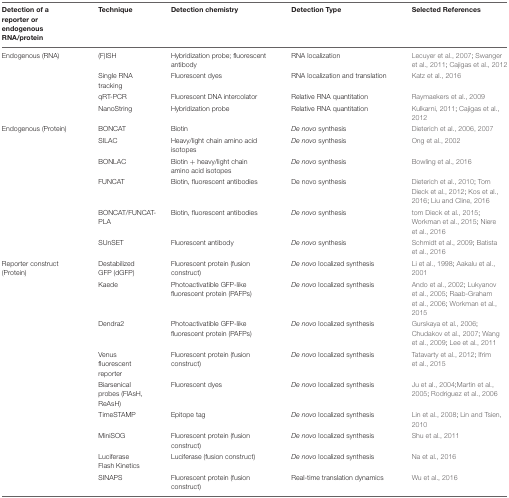
<table><thead><tr><td><b>Detection of a reporter or endogenous RNA/protein</b></td><td><b>Technique</b></td><td><b>Detection chemistry</b></td><td><b>Detection Type</b></td><td><b>Selected References</b></td></tr></thead><tbody><tr><td>Endogenous (RNA)</td><td>(F)ISH</td><td>Hybridization probe; fluorescent antibody</td><td>RNA localization</td><td>Lecuyer et al., 2007; Swanger et al., 2011; Cajigas et al., 2012</td></tr><tr><td></td><td>Single RNA tracking</td><td>Fluorescent dyes</td><td>RNA localization and translation</td><td>Katz et al., 2016</td></tr><tr><td></td><td>qRT-PCR</td><td>Fluorescent DNA intercolator</td><td>Relative RNA quantitation</td><td>Raymaekers et al., 2009</td></tr><tr><td></td><td>NanoString</td><td>Hybridization probe</td><td>Relative RNA quantitation</td><td>Kulkarni, 2011; Cajigas et al., 2012</td></tr><tr><td>Endogenous (Protein)</td><td>BONCAT</td><td>Biotin</td><td><i>De novo</i> synthesis</td><td>Dieterich et al., 2006, 2007</td></tr><tr><td></td><td>SILAC</td><td>Heavy/light chain amino acid isotopes</td><td><i>De novo</i> synthesis</td><td>Ong et al., 2002</td></tr><tr><td></td><td>BONLAC</td><td>Biotin + heavy/light chain amino acid isotopes</td><td><i>De novo</i> synthesis</td><td>Bowling et al., 2016</td></tr><tr><td></td><td>FUNCAT</td><td>Biotin, fluorescent antibodies</td><td>De novo synthesis</td><td>Dieterich et al., 2010; Tom Dieck et al., 2012; Kos et al., 2016; Liu and Cline, 2016</td></tr><tr><td></td><td>BONCAT/FUNCAT-PLA</td><td>Biotin, fluorescent antibodies</td><td><i>De novo</i> synthesis</td><td>tom Dieck et al., 2015; Workman et al., 2015; Niere et al., 2016</td></tr><tr><td></td><td>SUnSET</td><td>Fluorescent antibody</td><td><i>De novo</i> synthesis</td><td>Schmidt et al., 2009; Batista et al., 2016</td></tr><tr><td>Reporter construct (Protein)</td><td>Destabilized GFP (dGFP)</td><td>Fluorescent protein (fusion construct)</td><td><i>De novo</i> localized synthesis</td><td>Li et al., 1998; Aakalu et al., 2001</td></tr><tr><td></td><td>Kaede</td><td>Photoactivatible GFP-like fluorescent protein (PAFPs)</td><td><i>De novo</i> localized synthesis</td><td>Ando et al., 2002; Lukyanov et al., 2005; Raab-Graham et al., 2006; Workman et al., 2015</td></tr><tr><td></td><td>Dendra2</td><td>Photoactivatible GFP-like fluorescent protein (PAFPs)</td><td><i>De novo</i> localized synthesis</td><td>Gurskaya et al., 2006; Chudakov et al., 2007; Wang et al., 2009; Lee et al., 2011</td></tr><tr><td></td><td>Venus fluorescent reporter</td><td>Fluorescent protein (fusion construct)</td><td><i>De novo</i> localized synthesis</td><td>Tatavarty et al., 2012; Ifrim et al., 2015</td></tr><tr><td></td><td>Biarsenical probes (FlAsH, ReAsH)</td><td>Fluorescent dyes</td><td><i>De novo</i> localized synthesis</td><td>Ju et al., 2004;Martin et al., 2005; Rodriguez et al., 2006</td></tr><tr><td></td><td>TimeSTAMP</td><td>Epitope tag</td><td><i>De novo</i> localized synthesis</td><td>Lin et al., 2008; Lin and Tsien, 2010</td></tr><tr><td></td><td>MiniSOG</td><td>Fluorescent protein (fusion construct)</td><td><i>De novo</i> localized synthesis</td><td>Shu et al., 2011</td></tr><tr><td></td><td>Luciferase Flash Kinetics</td><td>Luciferase (fusion construct)</td><td><i>De novo</i> localized synthesis</td><td>Na et al., 2016</td></tr><tr><td></td><td>SINAPS</td><td>Fluorescent protein (fusion construct)</td><td>Real-time translation dynamics</td><td>Wu et al., 2016</td></tr></tbody></table>